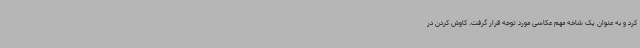
کرد و به عنوان یک شاخه مهم عکاسی مورد توجه قرار گرفت. کاوش کردن در